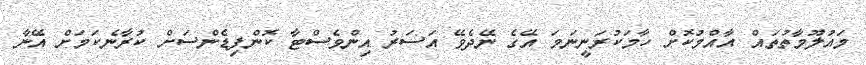
މައުލޫމާތުތައް އާއްމުކޮށް ހާމަކުރަނީނަމަ އޭގެ ނޭދެވޭ އަސަރު އިންވެސްޓާ ކޮންފިޑެންސަށް ކުރާނެކަމަށް އޭނާ